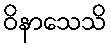
ဝိနာသေသိ